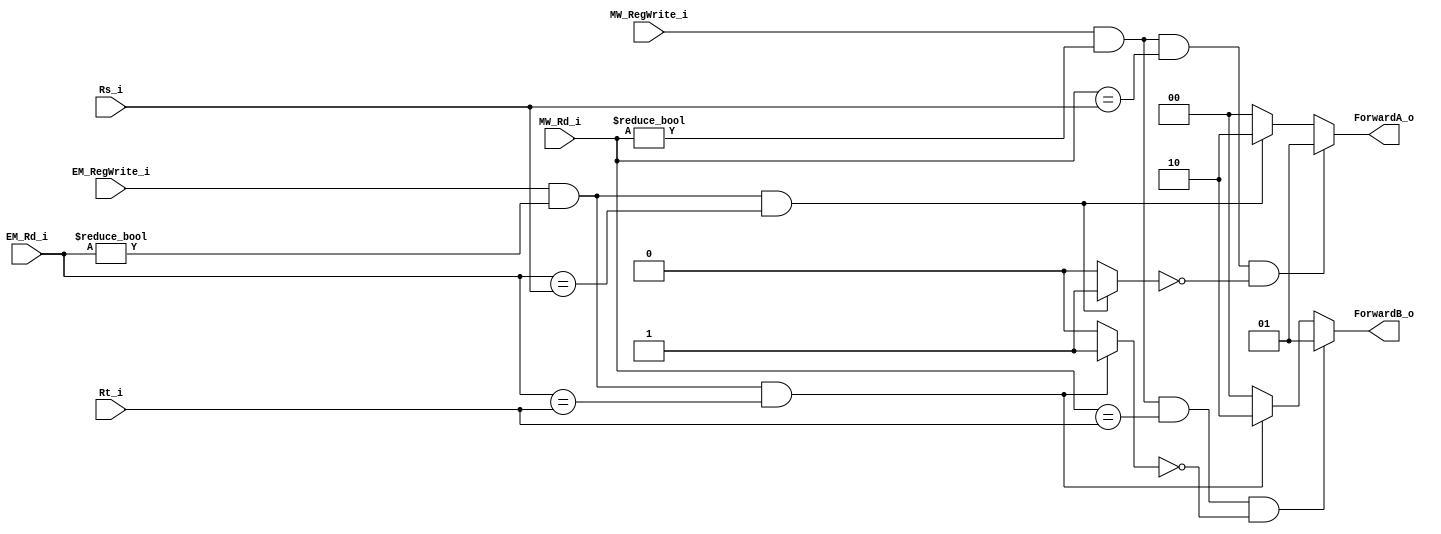
//Subject:     CO project  - Forwarding
//--------------------------------------------------------------------------------
//Version:     1
//--------------------------------------------------------------------------------

module Forwarding_unit(
	Rs_i,
	Rt_i,
	EM_Rd_i,
	MW_Rd_i,
	EM_RegWrite_i,
	MW_RegWrite_i,
	ForwardA_o,
	ForwardB_o
	);

// I/O ports
input 	[5-1:0] Rs_i;
input 	[5-1:0] Rt_i;
input 	[5-1:0] EM_Rd_i;
input 	[5-1:0] MW_Rd_i;
input   	EM_RegWrite_i;
input		MW_RegWrite_i;

output	[2-1:0]	ForwardA_o;
output	[2-1:0]	ForwardB_o;

//Internal Signals
reg		[2-1:0]	ForwardA_o;
reg		[2-1:0]	ForwardB_o;
reg 			if_ex_hazardA;
reg 			if_ex_hazardB;

//Parameter
//Main function
always @(*) begin
	if_ex_hazardA = 1'd0;
	if_ex_hazardB = 1'd0;
	ForwardA_o = 1'd0;
	ForwardB_o = 1'd0;
	if(EM_RegWrite_i & (EM_Rd_i != 5'd0) & (EM_Rd_i == Rs_i)) begin
		ForwardA_o <= 2'd2;
		if_ex_hazardA = 1'd1;
	end
	if(EM_RegWrite_i & (EM_Rd_i != 5'd0) & (EM_Rd_i == Rt_i)) begin
		ForwardB_o <= 2'd2;
		if_ex_hazardB = 1'd1;
	end
	if(MW_RegWrite_i & (MW_Rd_i != 5'd0) & (MW_Rd_i == Rs_i) & (!if_ex_hazardA)) begin
		ForwardA_o <= 2'd1;
	end
	if(MW_RegWrite_i & (MW_Rd_i != 5'd0) & (MW_Rd_i == Rt_i) & (!if_ex_hazardB)) begin
		ForwardB_o <= 2'd1;
	end
end
endmodule